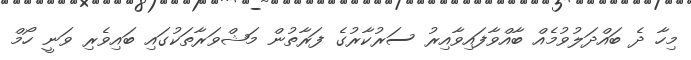
މިހާ ދެ ބައްދަލުވުމެއް ބާއްވާފައިވާއިރު ސަރުކާރުގެ ފަރާތުން މަޝްވަރާތަކުގައި ބައިވެރި ވަނީ ހޯމް